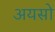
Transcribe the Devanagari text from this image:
अयसो